Scientific memoirs by medical officers of the Army of India - Part VIII,
Year: 1894
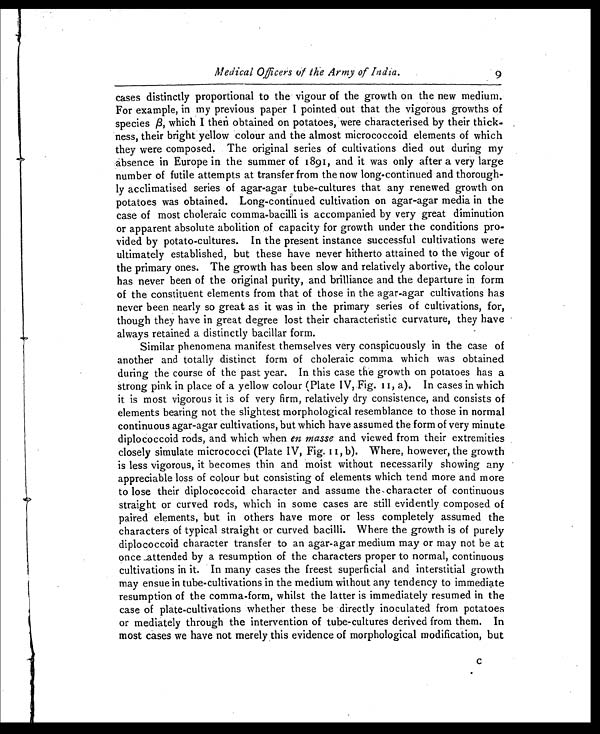
Medical Officers of the Army of India.
9
cases distinctly proportional to the vigour of the growth on the new medium.
For example, in my previous paper I pointed out that the vigorous growths of
species β, which I then obtained on potatoes, were characterised by their thick-
ness, their bright yellow colour and the almost micrococcoid elements of which
they were composed. The original series of cultivations died out during my
absence in Europe in the summer of 1891, and it was only after a very large
number of futile attempts at transfer from the now long-continued and thorough-
ly acclimatised series of agar-agar tube-cultures that any renewed growth on
potatoes was obtained. Long-continued cultivation on agar-agar media in the
case of most choleraic comma-bacilli is accompanied by very great diminution
or apparent absolute abolition of capacity for growth under the conditions pro-
vided by potato-cultures. In the present instance successful cultivations were
ultimately established, but these have never hitherto attained to the vigour of
the primary ones. The growth has been slow and relatively abortive, the colour
has never been of the original purity, and brilliance and the departure in form
of the constituent elements from that of those in the agar-agar cultivations has
never been nearly so great as it was in the primary series of cultivations, for,
though they have in great degree lost their characteristic curvature, they have
always retained a distinctly bacillar form.
Similar phenomena manifest themselves very conspicuously in the case of
another and totally distinct form of choleraic comma which was obtained
during the course of the past year. In this case the growth on potatoes has a
strong pink in place of a yellow colour (Plate IV, Fig. II, a). In cases in which
it is most vigorous it is of very firm, relatively dry consistence, and consists of
elements bearing not the slightest morphological resemblance to those in normal
continuous agar-agar cultivations, but which have assumed the form of very minute
diplococcoid rods, and which when en masse and viewed from their extremities
closely simulate micrococci (Plate IV, Fig. II, b). Where, however, the growth
is less vigorous, it becomes thin and moist without necessarily showing any
appreciable loss of colour but consisting of elements which tend more and more
to lose their diplococcoid character and assume the character of continuous
straight or curved rods, which in some cases are still evidently composed of
paired elements, but in others have more or less completely assumed the
characters of typical straight or curved bacilli. Where the growth is of purely
diplococcoid character transfer to an agar-agar medium may or may not be at
once attended by a resumption of the characters proper to normal, continuous
cultivations in it. In many cases the freest superficial and interstitial growth
may ensue in tube-cultivations in the medium without any tendency to immediate
resumption of the comma-form, whilst the latter is immediately resumed in the
case of plate-cultivations whether these be directly inoculated from potatoes
or mediately through the intervention of tube-cultures derived from them. In
most cases we have not merely this evidence of morphological modification, but C